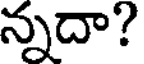
న్నదా?